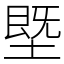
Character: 塈